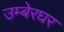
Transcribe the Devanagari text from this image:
उम्बेरघर